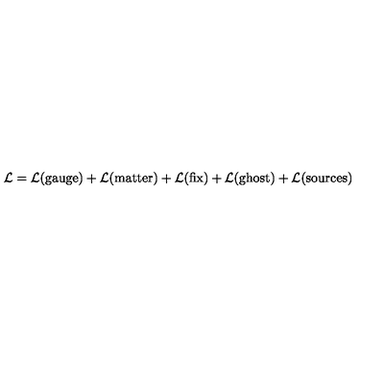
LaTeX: { \cal L } = { \cal L } ( \mathrm { g a u g e } ) + { \cal L } ( \mathrm { m a t t e r } ) + { \cal L } ( \mathrm { f i x } ) + { \cal L } ( \mathrm { g h o s t } ) + { \cal L } ( \mathrm { s o u r c e s } )